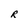
Character: R